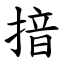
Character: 揞